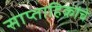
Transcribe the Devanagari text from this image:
साप्ताहिकांचे